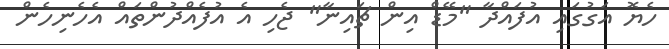
ހެޔޮ އަގުގައި އުފައްދާ "މޭޑް އިން ޗައިނާ" ޖެހި އެ އުފެއްދުންތައް އެހެނިހެން